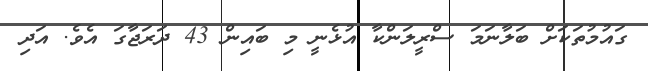
ގައުމުތަކަށް ބަލާނަމަ ސްރީލަންކާ އުޅެނީ މި ބައިން 43 ދަރަޖާގަ އެވެ. އަދި